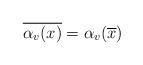
LaTeX: \begin{align*} \overline{\alpha_v(x)} = \alpha_v(\overline{x}) \end{align*}